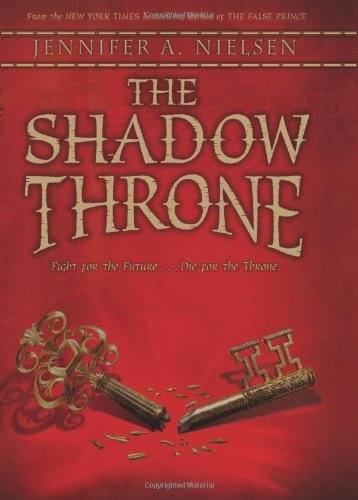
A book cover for The Shadow Throne: Book 3 of The Ascendance Trilogy; Jennifer A. Nielsen; Children's Books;